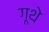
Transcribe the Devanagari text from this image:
गूथे